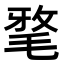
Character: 𣮖